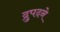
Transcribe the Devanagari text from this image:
द्रुपदने